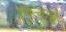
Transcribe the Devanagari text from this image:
चिऱ्याचे